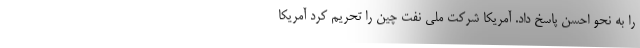
را به نحو احسن پاسخ داد. آمریکا شرکت ملی نفت چین را تحریم کرد آمریکا